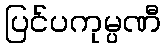
ပြင်ပကုမ္ပဏီ